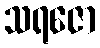
သရဇော